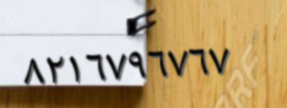
٨٢١٦٧٩٦٧٦٧